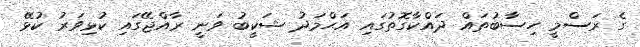
ގެ ރަސްމީ ހިސާބުތައް ދައްކާގޮތުގައި އަޙްމަދު ޝަކީބު ވަނީ ރާއްޖޭގައި ކުޅިވަރު ކުޅޭ